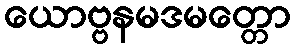
ယောဗ္ဗနမဒမတ္တော